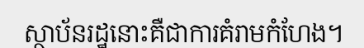
ស្ថាប័នរដ្ឋនោះគឺជាការគំរាមកំហែង។